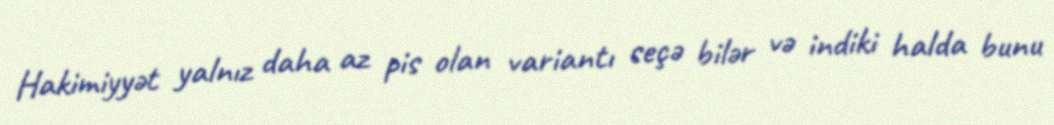
Hakimiyyət yalnız daha az pis olan variantı seçə bilər və indiki halda bunu